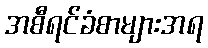
အစီရင်ခံစာများအရ